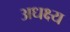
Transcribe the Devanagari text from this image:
अधक्ष्य